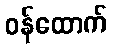
ဝန်ထောက်